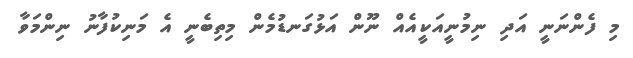
މި ފެންނަނީ އަދި ނިމުނީއަކީއެއް ނޫން އަޅުގަނޑުމެން މިތިބެނީ އެ މަނިކުފާނު ނިންމަވާ